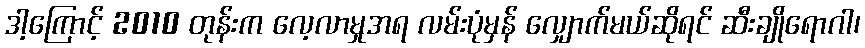
ဒါ့ကြောင့် 2010 တုန်းက လေ့လာမှုအရ လမ်းပုံမှန် လျှောက်မယ်ဆိုရင် ဆီးချိုရောဂါ၊